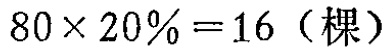
\(80\times 20\% = 16\)（棵）